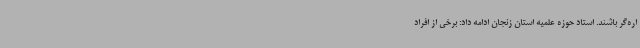
اره‌گر باشند. استاد حوزه علمیه استان زنجان ادامه داد: برخی از افراد